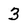
Character: 3